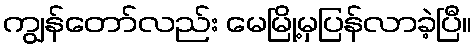
ကျွန်တော်လည်း မေမြို့မှပြန်လာခဲ့ပြီ။